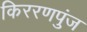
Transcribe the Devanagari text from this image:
किररणपुंज